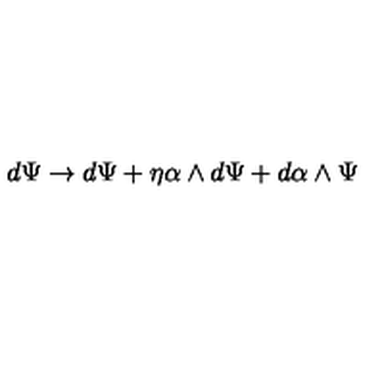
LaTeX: d \Psi \rightarrow d \Psi + \eta \alpha \wedge d \Psi + d \alpha \wedge \Psi